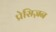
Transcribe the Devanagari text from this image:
प्रेसिज़न